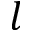
l